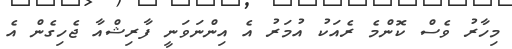
މިހާރު ވެސް ކޮންމެ ރެއަކު އުމަރު އެ އިންނަވަނީ ފާރިޝްއާ ޖެހިގެން އެ